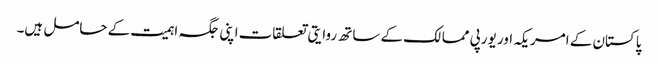
پاکستان کے امریکہ اور یورپی ممالک کے ساتھ روایتی تعلقات اپنی جگہ اہمیت کے حامل ہیں۔